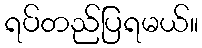
ရပ်တည်ပြရမယ်။